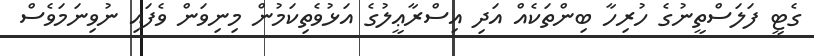
ގެޓީ ފަލަސްތީނުގެ ހުރިހާ ބިންތަކެއް އަދި އިސްރާޢީލުގެ އަޅުވެތިކަމުން މިނިވަން ވެފައި ނުވިނަމަވެސް